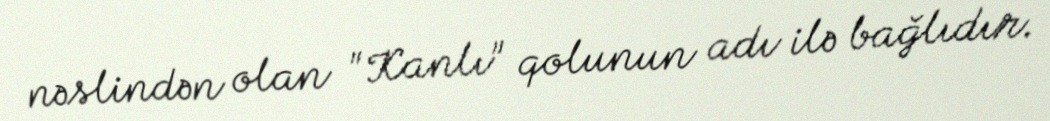
nəslindən olan "Kanlı" qolunun adı ilə bağlıdır.